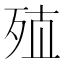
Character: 𰙽